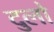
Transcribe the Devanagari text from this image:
दुलो